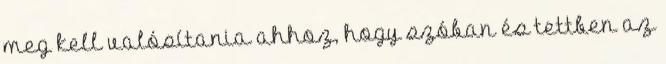
meg kell valósítania ahhoz, hogy szóban és tettben az